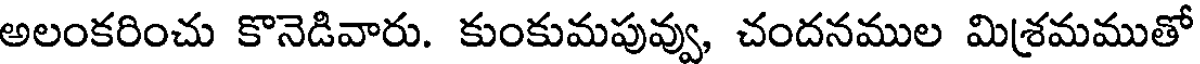
అలంకరించు కొనెడివారు. కుంకుమపువ్వు, చందనముల మిశ్రమముతో